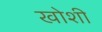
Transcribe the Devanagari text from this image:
खोशी